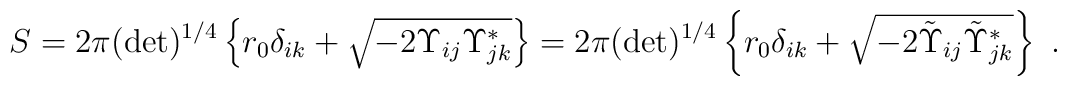
S= 2 \pi (\det )^{1/4}  \left\{ r_0 \delta_{ik} + \sqrt  {- 2 \Upsilon_{ij}\Upsilon^* _{jk}} \right\} =  2 \pi (\det )^{1/4}  \left\{ r_0 \delta_{ik} +\sqrt  {- 2 \tilde \Upsilon_{ij}\tilde \Upsilon^* _{jk}} \right\} \ .